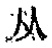
\text{从}